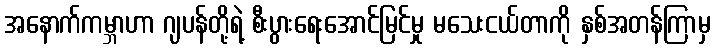
အနောက်ကမ္ဘာဟာ ဂျပန်တို့ရဲ့ စီးပွားရေးအောင်မြင်မှု မသေးငယ်တာကို နှစ်အတန်ကြာမှ